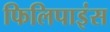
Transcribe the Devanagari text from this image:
फिलिपाइंस